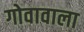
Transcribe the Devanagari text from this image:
गोवावाला